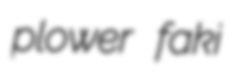
plower faki